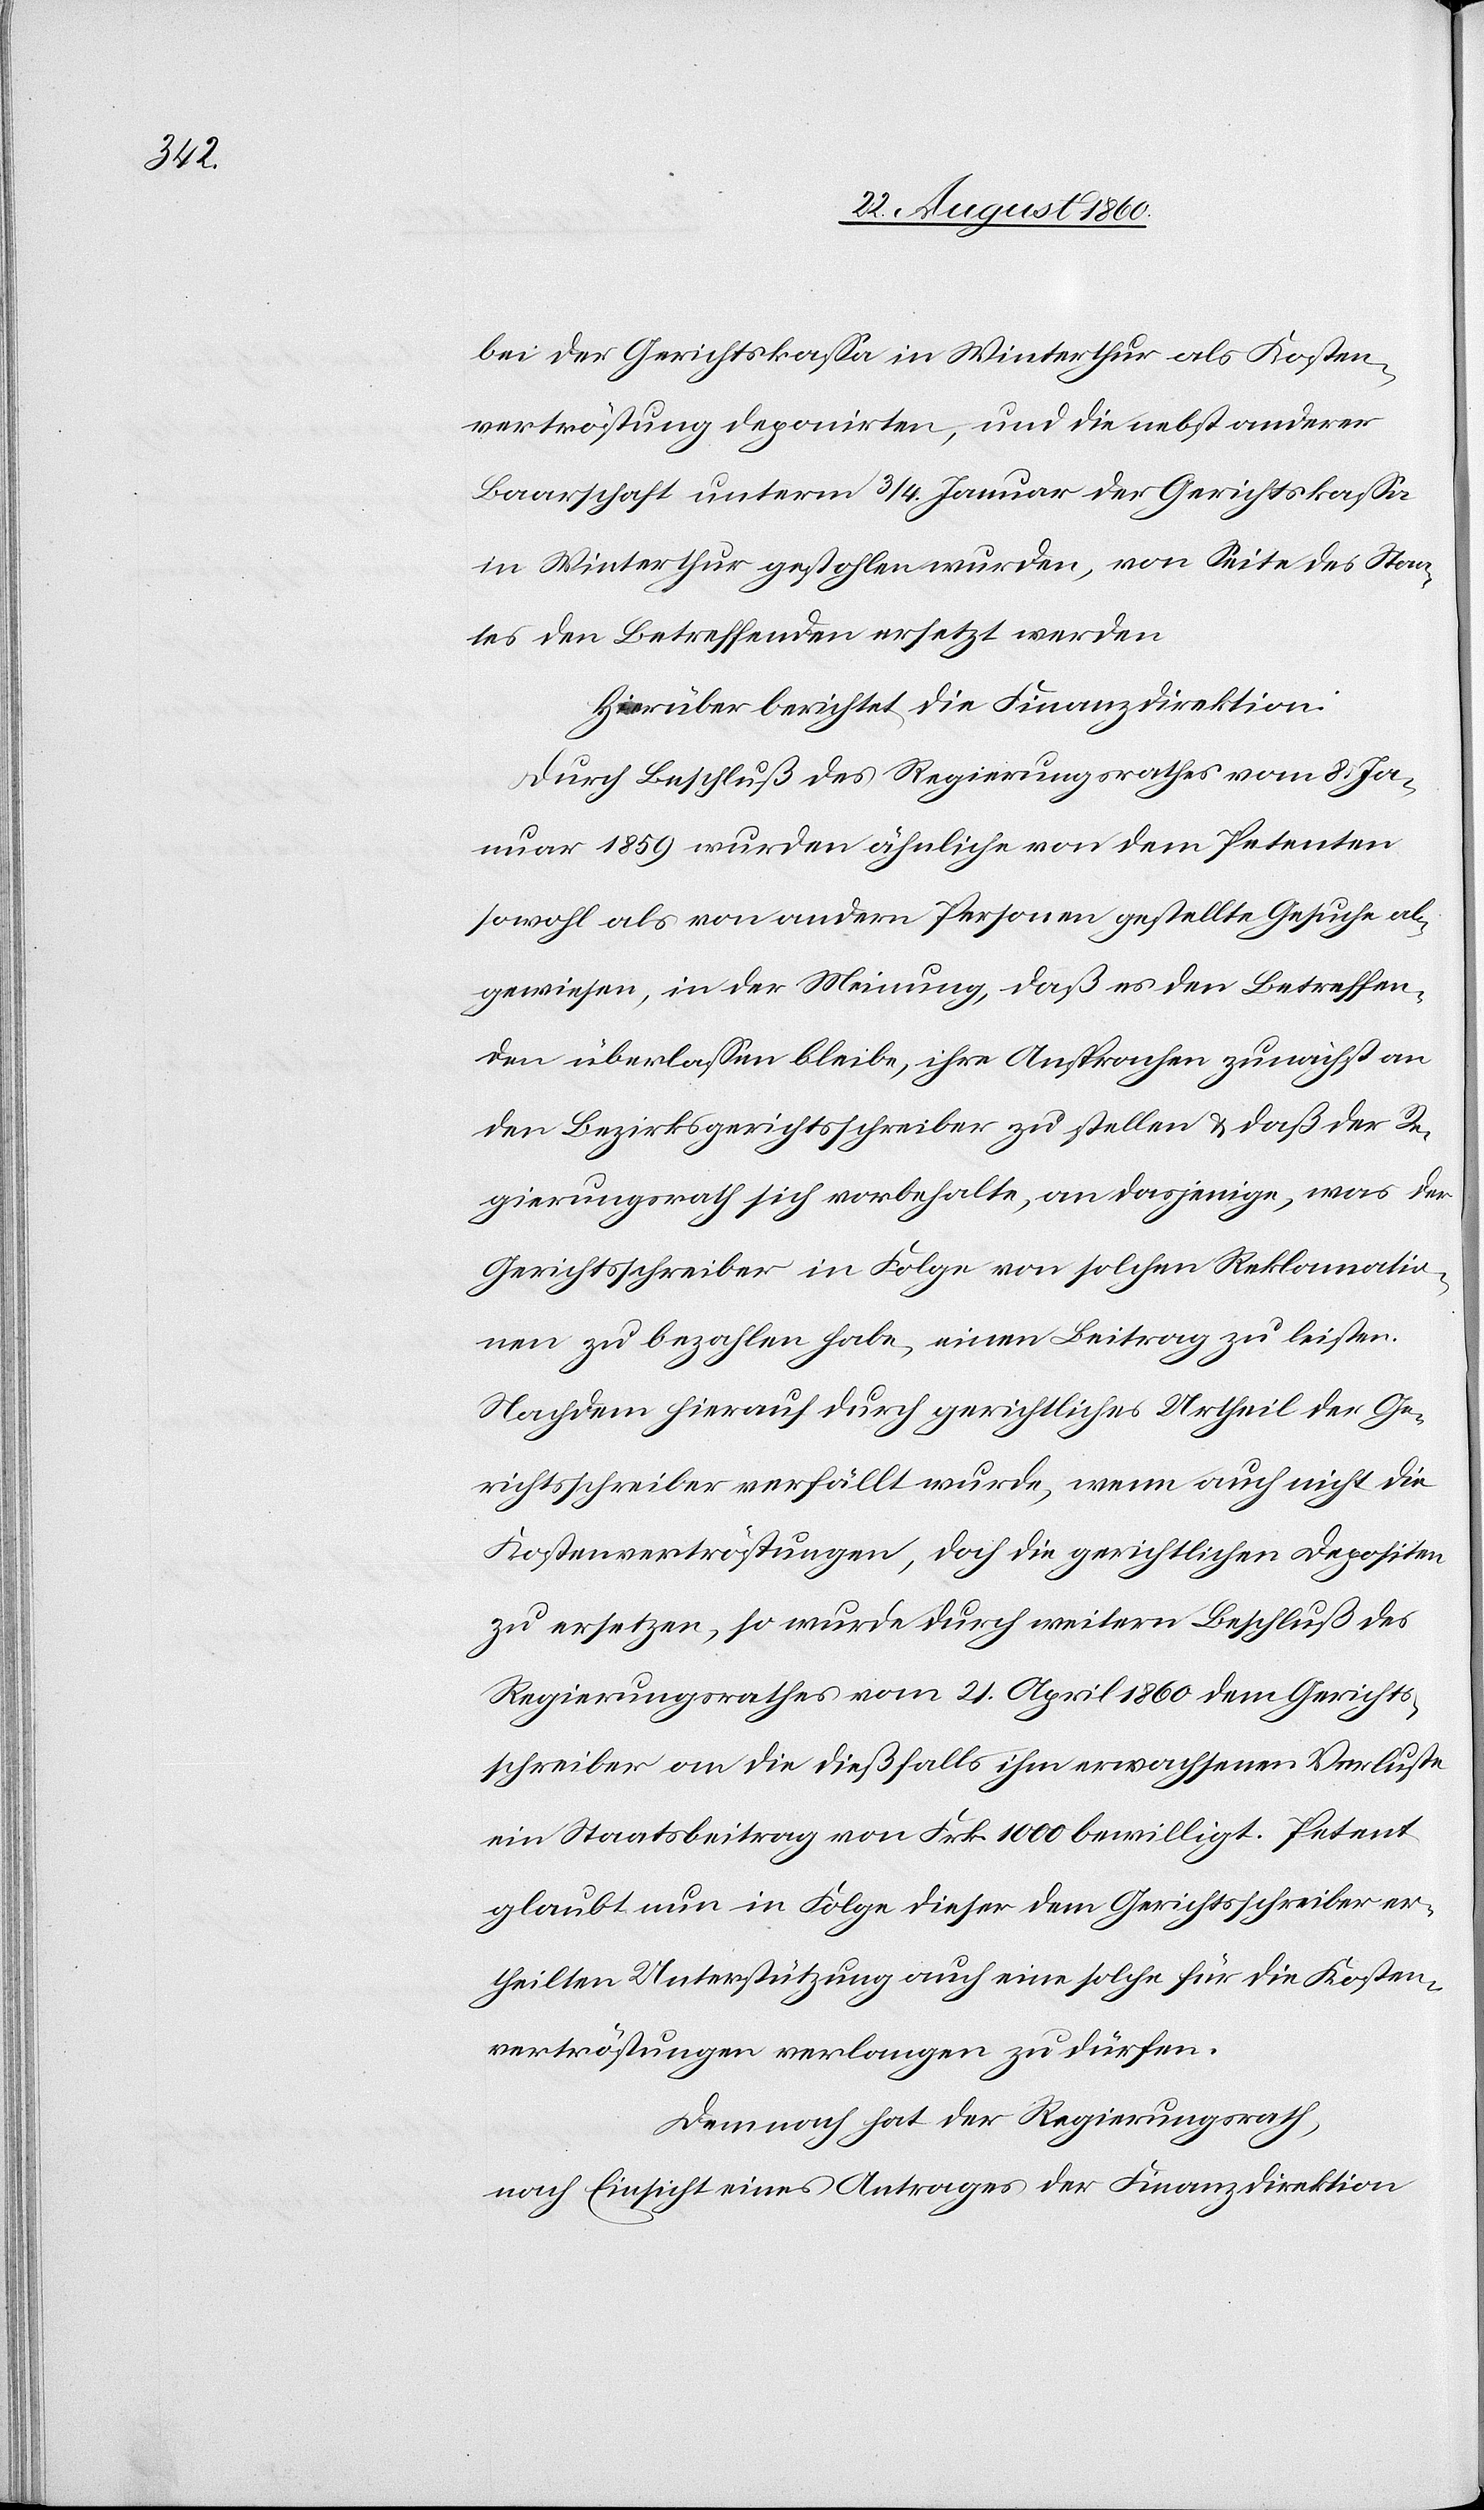
bei der Gerichtskassa in Winterthur als Kosten¬
vertröstung deponirten, und die nebst anderer
Baarschaft unterm 3/4 Jenner der Gerichtskasse
in Winterthur gestohlen wurden, von Seite des Staa¬
ts den Betreffenden ersetzt werden.
Hierüber berichtet die Finanzdirektion:
Durch Beschluss des Regierungsrathes vom 8. Ja¬
nuar 1859 wurden ähnliche von dem Petenten
sowohl als von andern Personen gestellte Gesuche ab¬
gewiesen, in der Meinung, dass es den Betreffen¬
den überlassen bleibe, ihre Ansprachen zunächst an
den Bezirksgerichtsschreiber zu stellen u. dass der Re¬
gierungsrath sich vorbehalte, an dasjenige, was der
Gerichtsschreiber in Folge von solchen Reklamatio¬
nen zu bezahlen habe, einen Beitrag zu leisten.
Nachdem hierauf durch gerichtliches Urtheil der Ge¬
richtsschreiber verfällt wurde, wenn auch nicht die
Kostenvertröstungen, doch die gerichtlichen Depositen
zu ersetzen, so wurde durch weitern Beschluss des
Regierungsrathes vom 21. April 1860 dem Gerichts¬
schreiber an die diesfalls ihm erwachsenen Verluste
ein Staats-Beitrag von fcs. 1000 bewilligt. Petent
glaubt nun in Folge dieser dem Gerichtsschreiber er¬
theilten Unterstützung auch eine solche für die Kosten¬
vertröstung[en] verlangen zu dürfen.
Demnach hat der Regierungsrath,
nach Einsicht eines Antrages der Finanzdirektion,